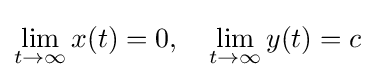
\lim _{t\to \infty }x(t)=0,\quad \lim _{t\to \infty }y(t)=c